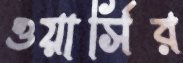
ওয়ার্সির